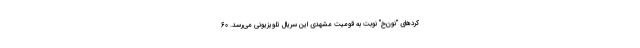
کرد‌های “نون‌خ” نوبت به قومیت مشهدی این سریال تلویزیونی می‌رسد. 60